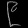
Digit: ၉